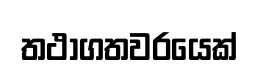
තථාගතවරයෙක්